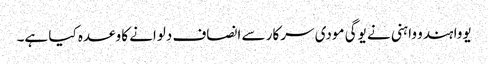
یووا ہندو واہنی نے یوگی مودی سرکار سے انصاف دلوانے کا وعدہ کیا ہے۔